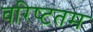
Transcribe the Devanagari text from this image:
वरिष्‍टतम